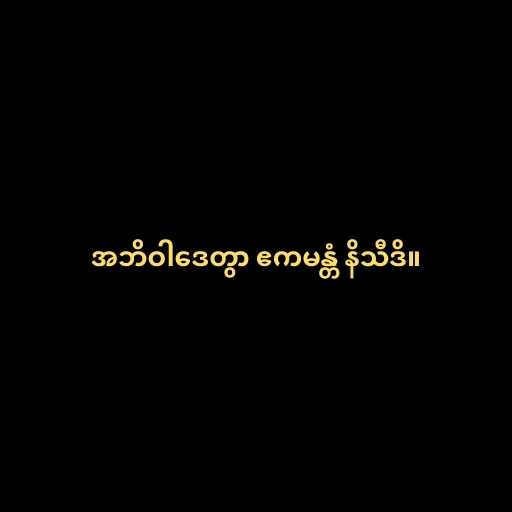
အဘိဝါဒေတွာ ဧကမန္တံ နိသီဒိ။